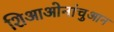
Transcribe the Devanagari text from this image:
शिआओनांचुआन